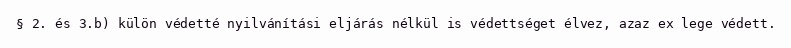
§ 2. és 3.b) külön védetté nyilvánítási eljárás nélkül is védettséget élvez, azaz ex lege védett.